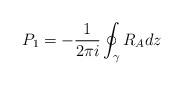
LaTeX: \begin{align*} P_1 = -\frac{1}{2\pi i}\oint_\gamma R_Adz\end{align*}